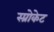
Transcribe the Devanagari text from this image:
स्प्रोकेट